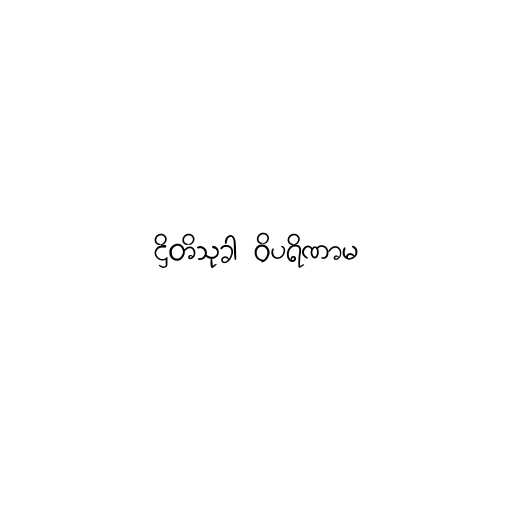
ဌိတိသုခါ ဝိပရိဏာမ